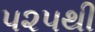
૫૨૫થી